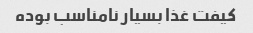
کیفت غذا بسیار نامناسب بوده